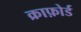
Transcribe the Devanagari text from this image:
क्राफ़ोर्ड